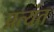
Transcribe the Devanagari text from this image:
प्रत्‍यंत